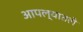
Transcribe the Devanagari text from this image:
आपल्यातले